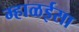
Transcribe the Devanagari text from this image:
म्हाळईसा